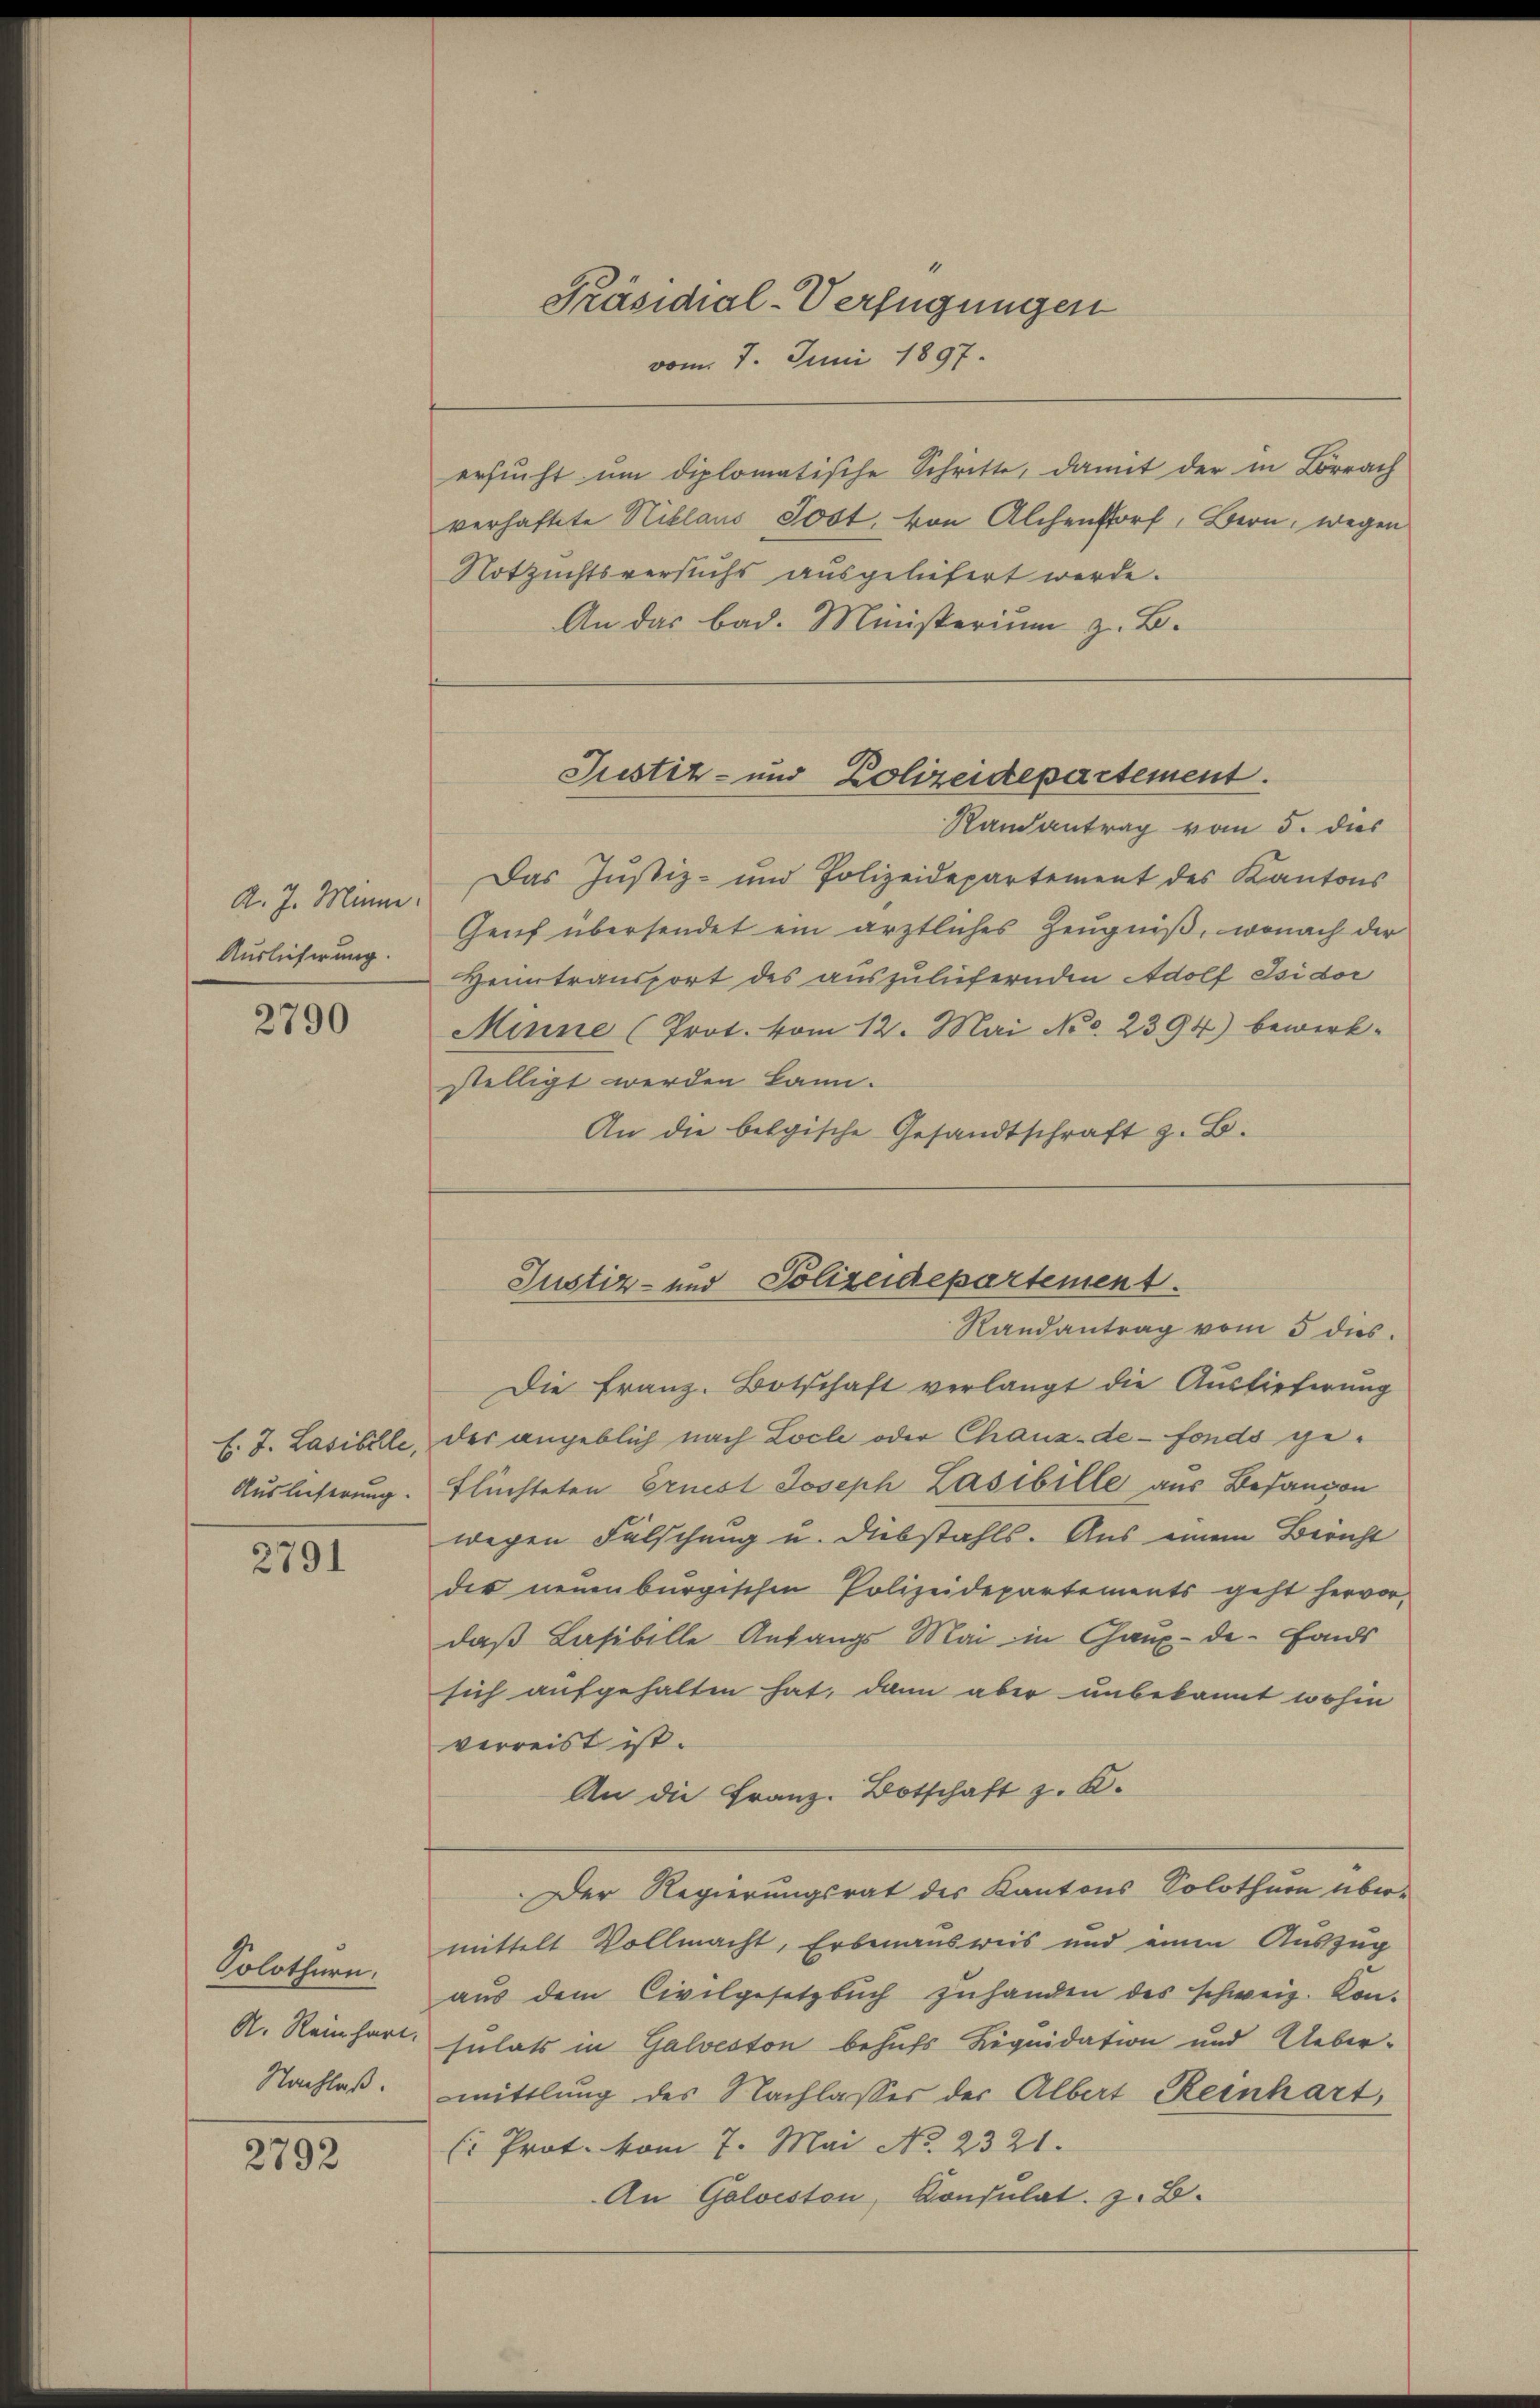
A. J. Minin.
Auslieferung.

2790

2791

Solothurn.
Nachlaß.

2792

ersucht um diplomatische Schritte, damit der in Lörrach
verhaftete Niklaus Jost, von Alchendorf, Bern, wegen
Notzuchtsversuchs ausgeliefert werde.
An das bad. Ministerium z. B.

Präsidial-Verfügungen
vom 7. Juni 1897.

Justiz- und Polizeidepartement.

Justiz- und Polizeidepartement

Randantrag vom 5. dies
Das Justiz- und Polizeidepartement des Kantons
Genf übersendet ein ärztliches Zeugniß, wonach der
Heimtransport des auszuliefernden Adolf Isidor
Minne (Prot. vom 12. Mai No. 2394) bewerk-
stelligt werden kann.
An die belgische Gesandtschraft z. B.

Randantrag vom 5 des
Die Franz. Botschaft verlangt die Auslieferung
f. J. Lasibile, der angeblich nach Loche oder Chaux-de-Fonds ge¬
Auslieferung. Flüchteten Ernest Joseph Lasibille aus Befangen
wegen Fälschung u. Diebstahls. Aus einem Bericht
der neuenburgischen Polizeidepartements geht hervor,
daß Lasibille Anfangs Mai in Chaux-de-Fonds
sich aufgehalten hat, dann aber unbekannt wohin
verreist ist.
An die Franz. Botschaft z. B.
Der Regierungsrat des Kantons Solothurn über-
mittelt Vollmacht, Erbenausweis und einen Auszug
aus dem Civilgesetzbuch zuhanden des schweiz. Kon-
A. Reinhart, sulats in Galveston behufs Liquidation und Uebermittlung des Nachlasses der Albert Reinhart,
(: Prot. vom 7. Mai No 2321.
An Golveston, Konsulat z. B.